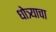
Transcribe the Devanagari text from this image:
धोत्र्याचा